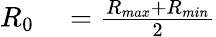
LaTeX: \begin{array}{rl}{R_{0}}&{{}=\frac{R_{max}+R_{min}}{2}}\end{array}